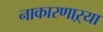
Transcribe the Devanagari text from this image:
नाकारणाऱ्या